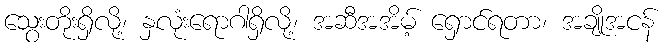
သွေးတိုးရှိလို့၊ နှလုံးရောဂါရှိလို့၊ အဆီအအိမ့် ရှောင်ရတာ၊ အချိုအငန်